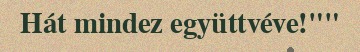
Hát mindez együttvéve!""